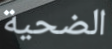
الضحية